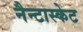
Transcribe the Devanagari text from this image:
नैन्टास्केट